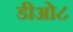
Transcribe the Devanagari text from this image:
डीओ८